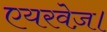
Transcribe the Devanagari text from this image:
एयरवेज़।